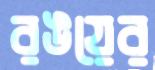
রঙয়ের